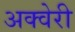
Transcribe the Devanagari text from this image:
अक्वेरी